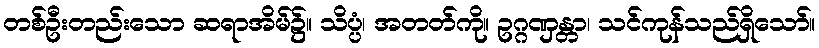
တစ်ဦးတည်းသော ဆရာအိမ်၌။ သိပ္ပံ၊ အတတ်ကို။ ဥဂ္ဂဏှန္တာ၊ သင်ကုန်သည်ရှိသော်။